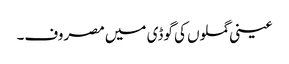
عینی گملوں کی گوڈی میں مصروف۔